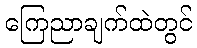
ကြေညာချက်ထဲတွင်